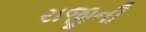
રાજીની